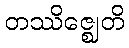
တဿိဇ္ဈေတိ